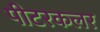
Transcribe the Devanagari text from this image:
पीटरकलर